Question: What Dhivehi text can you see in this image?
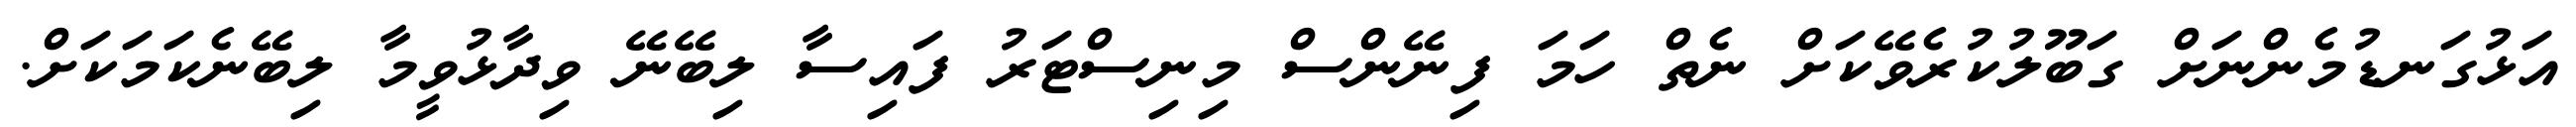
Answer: އަޅުގަނޑުމެންނަށް ގަބޫލުކުރެވޭކަށް ނެތް ހަމަ ފިނޭންސް މިނިސްޓަރު ފައިސާ ލިބޭނޭ ވިދާޅުވީމާ ލިބޭނެކަމަކަށް.